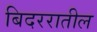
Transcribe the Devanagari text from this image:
बिदररातील